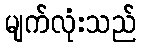
မျက်လုံးသည်